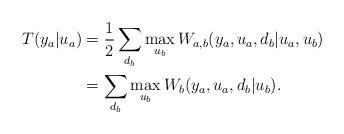
LaTeX: \begin{align*} T(y_a|u_a) &= \frac{1}{2} \sum_{d_b} \max_{u_b} W_{a,b}(y_a,u_a,d_b|u_a,u_b)\\ &= \sum_{d_b}\max_{u_b} W_b(y_a,u_a,d_b|u_b).\end{align*}